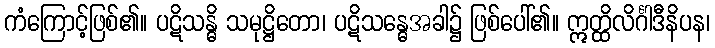
ကံကြောင့်ဖြစ်၏။ ပဋိသန္ဓိ သမုဋ္ဌိတော၊ ပဋိသန္ဓေအခါ၌ ဖြစ်ပေါ်၏။ ဣတ္ထိလိင်္ဂါဒီနိပန၊